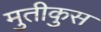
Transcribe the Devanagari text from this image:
मुतीकुस